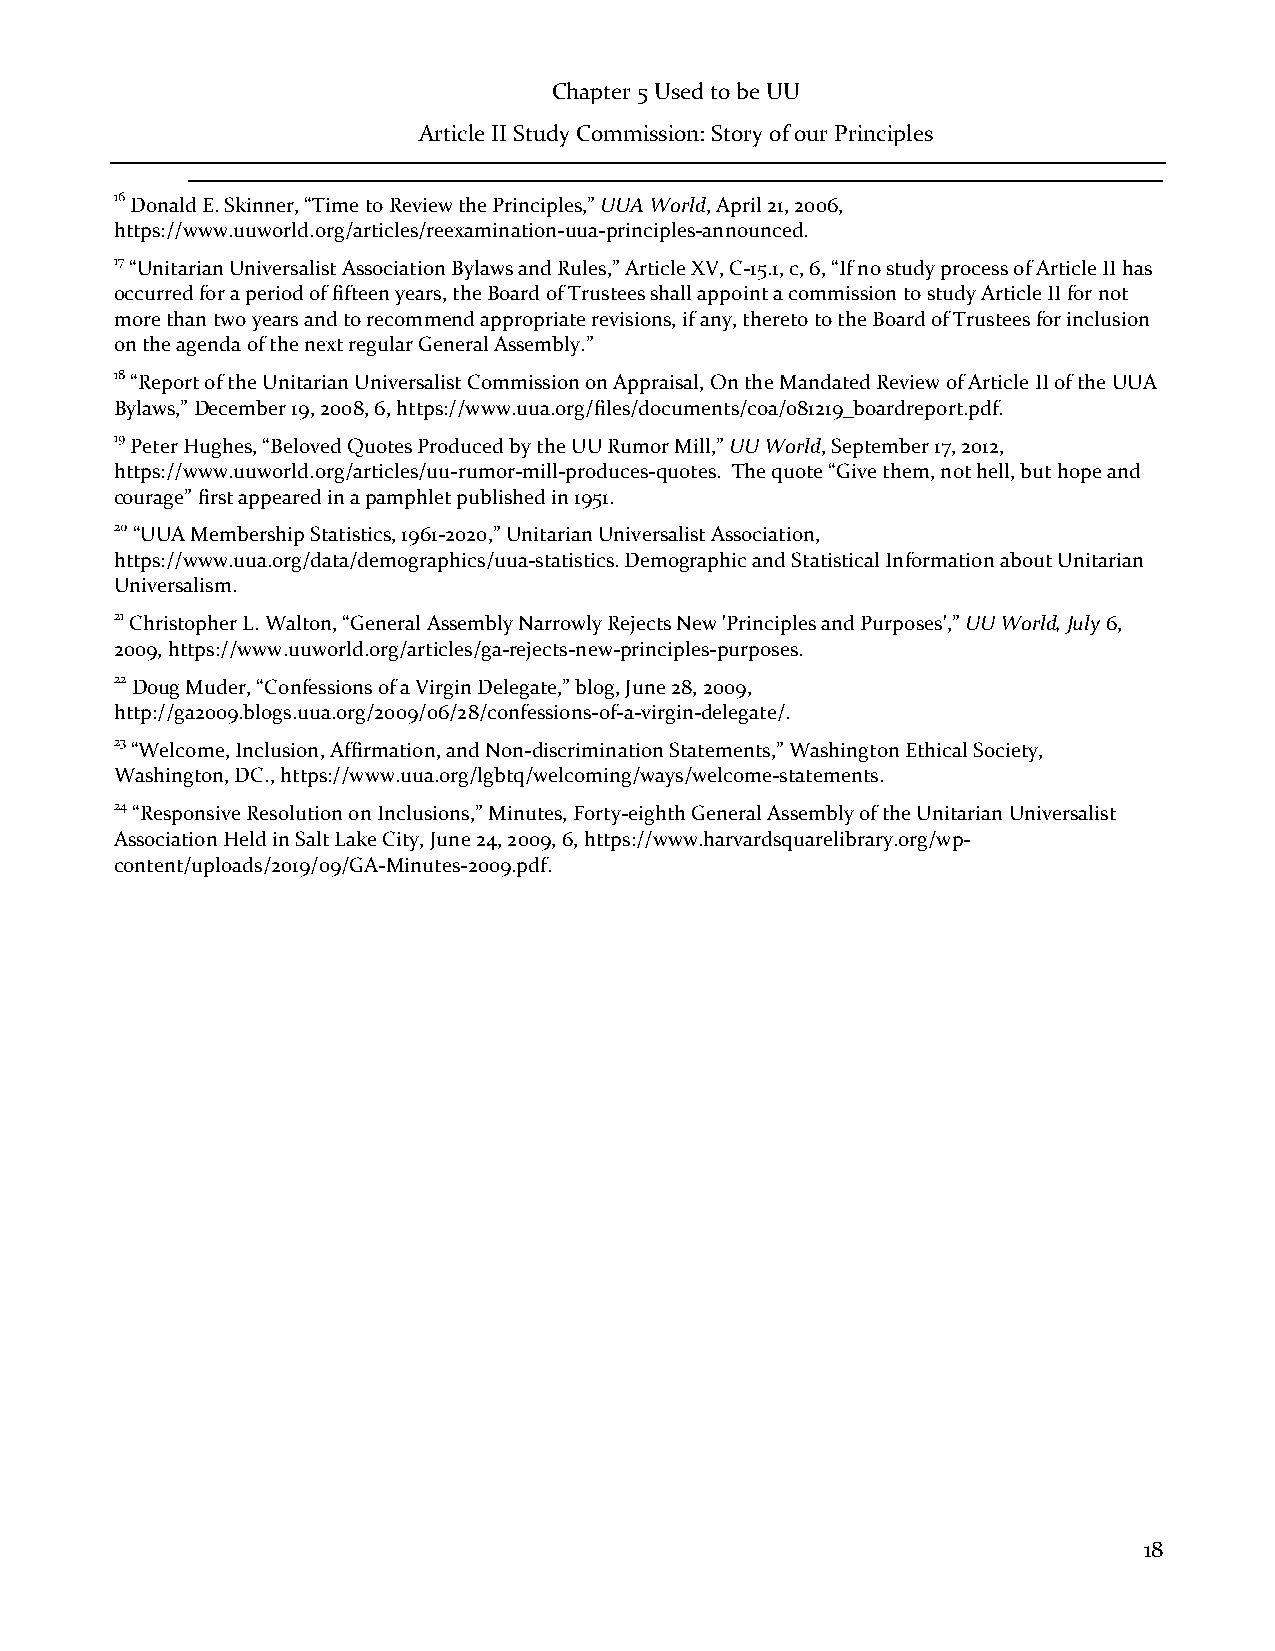
Chapter 5 Used to be UU
 Article II Study Commission: Story of our Principles
 16 Donald E. Skinner, “Time to Review the Principles,” UUA World, April 21, 2006,
 https://www.uuworld.org/articles/reexamination-uua-principles-announced.
 17 “Unitarian Universalist Association Bylaws and Rules,” Article XV, C-15.1, c, 6, “If no study process of Article II has
 occurred for a period of fifteen years, the Board of Trustees shall appoint a commission to study Article II for not
 more than two years and to recommend appropriate revisions, if any, thereto to the Board of Trustees for inclusion
 on the agenda of the next regular General Assembly.”
 18 “Report of the Unitarian Universalist Commission on Appraisal, On the Mandated Review of Article II of the UUA
 Bylaws,” December 19, 2008, 6, https://www.uua.org/files/documents/coa/081219_boardreport.pdf.
 19 Peter Hughes, “Beloved Quotes Produced by the UU Rumor Mill,” UU World, September 17, 2012,
 https://www.uuworld.org/articles/uu-rumor-mill-produces-quotes. The quote “Give them, not hell, but hope and
 courage” first appeared in a pamphlet published in 1951.
 20 “UUA Membership Statistics, 1961-2020,” Unitarian Universalist Association,
 https://www.uua.org/data/demographics/uua-statistics. Demographic and Statistical Information about Unitarian
 Universalism.
 21 Christopher L. Walton, “General Assembly Narrowly Rejects New 'Principles and Purposes',” UU World, July 6,
 2009, https://www.uuworld.org/articles/ga-rejects-new-principles-purposes.
 22 Doug Muder, “Confessions of a Virgin Delegate,” blog, June 28, 2009,
 http://ga2009.blogs.uua.org/2009/06/28/confessions-of-a-virgin-delegate/.
 23 “Welcome, Inclusion, Affirmation, and Non-discrimination Statements,” Washington Ethical Society,
 Washington, DC., https://www.uua.org/lgbtq/welcoming/ways/welcome-statements.
 24 “Responsive Resolution on Inclusions,” Minutes, Forty-eighth General Assembly of the Unitarian Universalist
 Association Held in Salt Lake City, June 24, 2009, 6, https://www.harvardsquarelibrary.org/wp-
 content/uploads/2019/09/GA-Minutes-2009.pdf.
 18